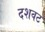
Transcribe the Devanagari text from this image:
दशवट